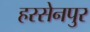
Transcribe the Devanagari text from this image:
हरसेनपुर